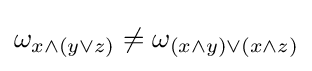
\omega _{x\land (y\lor z)}\neq \omega _{(x\land y)\lor (x\land z)}\,\!